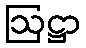
ဩဋ္ဌာ